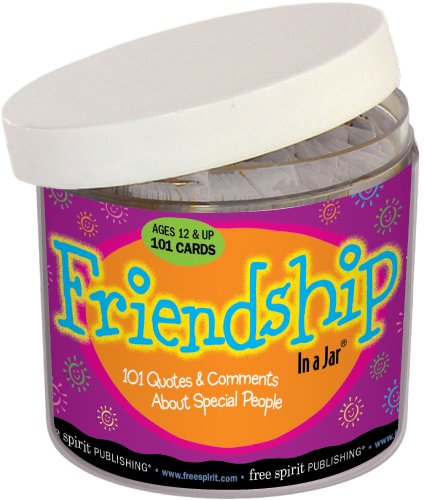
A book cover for Friendship In a JarÂ®; Teen & Young Adult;